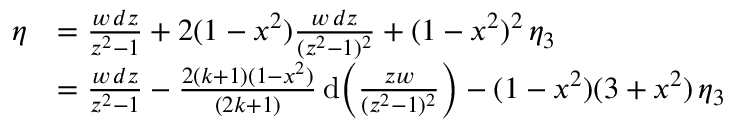
\begin{array} { r l } { \eta } & { = \frac { w \, d z } { z ^ { 2 } - 1 } + 2 ( 1 - x ^ { 2 } ) \frac { w \, d z } { ( z ^ { 2 } - 1 ) ^ { 2 } } + ( 1 - x ^ { 2 } ) ^ { 2 } \, \eta _ { 3 } } \\ & { = \frac { w \, d z } { z ^ { 2 } - 1 } - \frac { 2 ( k + 1 ) ( 1 - x ^ { 2 } ) } { ( 2 k + 1 ) } \, \mathrm { d } \bigg ( \frac { z w } { ( z ^ { 2 } - 1 ) ^ { 2 } } \bigg ) - ( 1 - x ^ { 2 } ) ( 3 + x ^ { 2 } ) \, \eta _ { 3 } } \end{array}